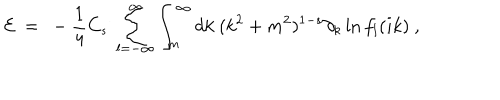
LaTeX: { \cal E } \ = \ - \frac 1 4 C _ { s } \ \sum _ { l = - \infty } ^ { \infty } \int _ { m } ^ { \infty } d k \ ( k ^ { 2 } + m ^ { 2 } ) ^ { 1 - s } \partial _ { k } \ln f _ { l } ( i k ) \ ,